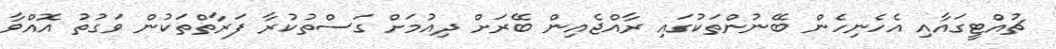
ޗުއްޓީގައާއި އެހެނިހެން ބޭނުންތަކުގައި ރާއްޖެއިން ބޭރަށް ދިއުމަށް ގަސްތުކުރާ ފަރާތްތަކުން ވަގުތު އޮއްވާ